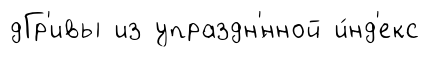
дГр'ивы из упраздн'́нной и́нд'екс